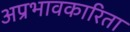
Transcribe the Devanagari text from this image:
अप्रभावकारिता